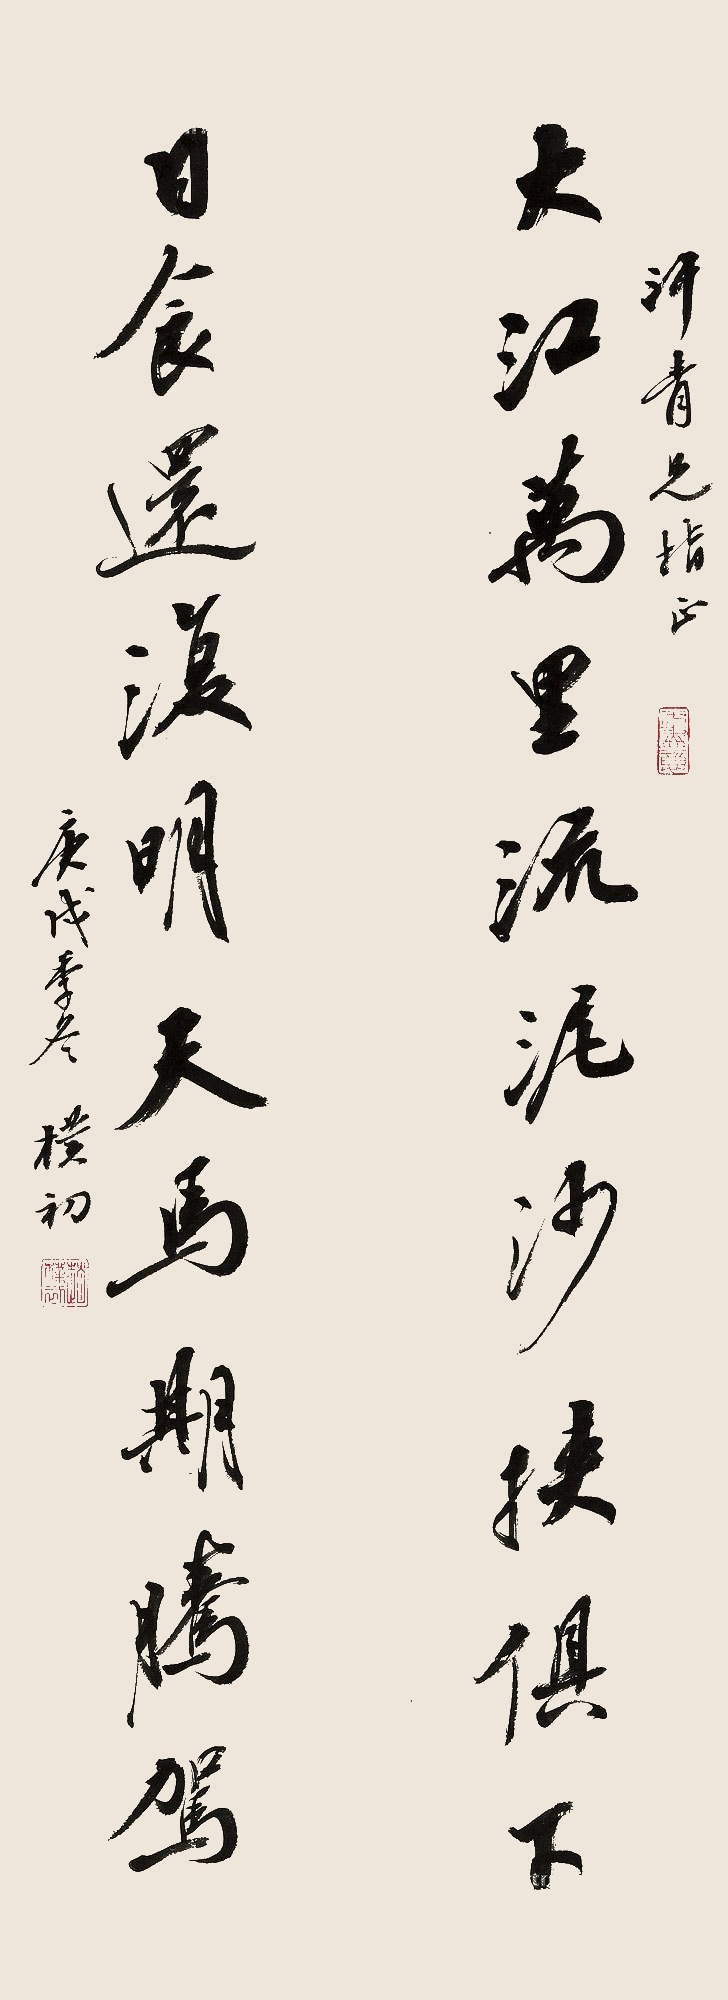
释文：大江万里流泥沙挟俱下，日食还复明天马期腾驾。汗青兄指正，庚戌季冬，朴初。